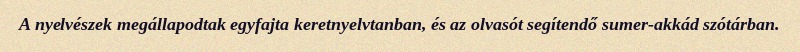
A nyelvészek megállapodtak egyfajta keretnyelvtanban, és az olvasót segítendő sumer-akkád szótárban.